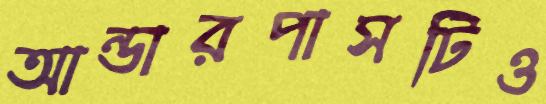
আন্ডারপাসটিও